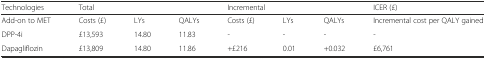
<table><thead><tr><td><b>Technologies</b></td><td colspan="3"><b>Total</b></td><td colspan="3"><b>Incremental</b></td><td><b>ICER (£)</b></td></tr></thead><tbody><tr><td>Add-on to MET</td><td>Costs (£)</td><td>LYs</td><td>QALYs</td><td>Costs (£)</td><td>LYs</td><td>QALYs</td><td>Incremental cost per QALY gained</td></tr><tr><td>DPP-4i</td><td>£13,593</td><td>14.80</td><td>11.83</td><td>-</td><td>-</td><td>-</td><td>-</td></tr><tr><td>Dapagliflozin</td><td>£13,809</td><td>14.80</td><td>11.86</td><td>+£216</td><td>0.01</td><td>+0.032</td><td>£6,761</td></tr></tbody></table>